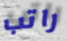
راتب